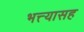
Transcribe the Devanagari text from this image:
भत्त्यासह